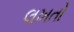
લખતો